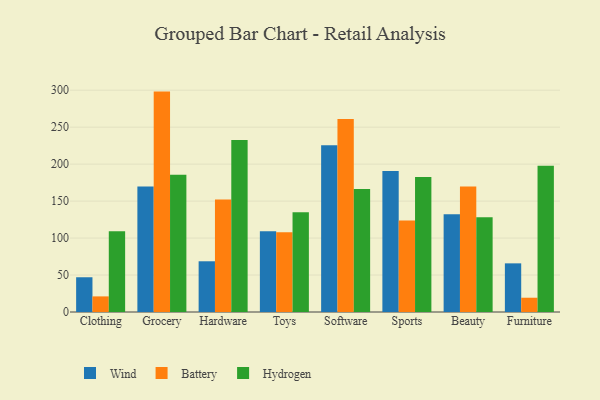
{"axis": {"x": "Category", "y": "Headcount"}, "legend": ["Battery", "Hydrogen", "Wind"], "data": [{"x": "Clothing", "y": 47.0, "type": "Wind"}, {"x": "Clothing", "y": 21.1, "type": "Battery"}, {"x": "Clothing", "y": 109.3, "type": "Hydrogen"}, {"x": "Grocery", "y": 169.6, "type": "Wind"}, {"x": "Grocery", "y": 298.1, "type": "Battery"}, {"x": "Grocery", "y": 185.7, "type": "Hydrogen"}, {"x": "Hardware", "y": 68.6, "type": "Wind"}, {"x": "Hardware", "y": 152.0, "type": "Battery"}, {"x": "Hardware", "y": 232.6, "type": "Hydrogen"}, {"x": "Toys", "y": 109.2, "type": "Wind"}, {"x": "Toys", "y": 108.0, "type": "Battery"}, {"x": "Toys", "y": 134.9, "type": "Hydrogen"}, {"x": "Software", "y": 225.5, "type": "Wind"}, {"x": "Software", "y": 261.2, "type": "Battery"}, {"x": "Software", "y": 166.4, "type": "Hydrogen"}, {"x": "Sports", "y": 190.8, "type": "Wind"}, {"x": "Sports", "y": 123.6, "type": "Battery"}, {"x": "Sports", "y": 182.5, "type": "Hydrogen"}, {"x": "Beauty", "y": 132.1, "type": "Wind"}, {"x": "Beauty", "y": 169.9, "type": "Battery"}, {"x": "Beauty", "y": 128.0, "type": "Hydrogen"}, {"x": "Furniture", "y": 65.8, "type": "Wind"}, {"x": "Furniture", "y": 19.3, "type": "Battery"}, {"x": "Furniture", "y": 197.8, "type": "Hydrogen"}]}